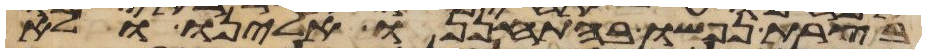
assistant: בצרת נפשו בהתחננו אלינו ולא